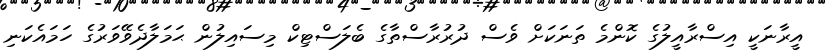
އީރާނަކީ އިސްރާއީލުގެ ކޮންމެ ތަނަކަށް ވެސް ދުރުރާސްތާގެ ބެލަސްޓިކް މިސައިލުން ޙަމަލާދެވޭވަރުގެ ހަމައެކަނި